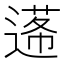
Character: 𨕷